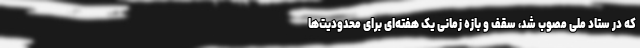
که در ستاد ملی مصوب شد، سقف و بازه زمانی یک هفته‌ای برای محدودیت‌ها